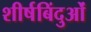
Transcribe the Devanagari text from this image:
शीर्षबिंदुओं